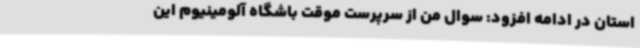
استان در ادامه افزود: سوال من از سرپرست موقت باشگاه آلومینیوم این